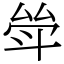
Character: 斚